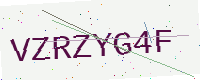
Text: VZRZYG4F